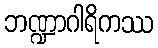
ဘဏ္ဍာဂါရိကဿ